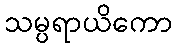
သမ္ပရာယိကော